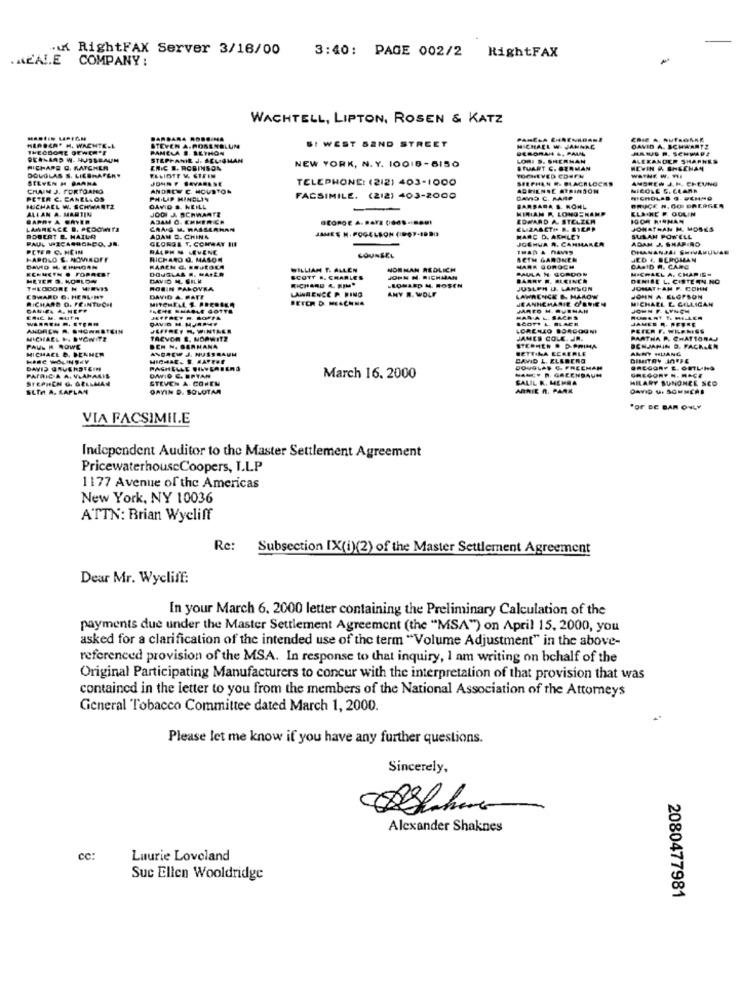
.K RightFAX Server 3/16/00
.ALALE
COMPANY :
3:40: PAGE 002/2 RightFAX
WACHTELL, LIPTON, ROSEN & KATZ
MARTIN UPIGN
BARBARA RODO MA
PANELA ENSENADAME
HERECAT H. WACHTE.L
THEODORE O
PAMELA B. ILTHON
STEVEN A. ROSENBLUM
SI WEST SAND STREET
MICHAEL W VANGRE
DEBORAH &. PAUL
DAVID A. SCHWARTZ
BERNARD W. NUSSBAUM
STEPHANIE J. SELIGMAN
LORI S. SHERMAN
ALEXANDER SHAPHER
FICHAPE Q. RATCHLA
DOUGLAS S. LIESHAFERY
ERIC #. ROBINSON
NEW YORK, N. Y. 10018 -5150
STUART S. BERMAN
KEVIN & SHECHAN
STEVEN H BARNA
JONG F BAVARESE
TELEPHONE: (212) 403-1000
SEE PHEN DE PLACALOCKS
WATNE W. THE
ANDREW J.H. CHEUNG
CHAIM J. PORTOANO
ANDREW C. HOUSTON
ADRIENSE ATRIMSON
NICOLE &. CLARA
PETER C. CANELLOS
PHILIP MINELIN
FACSIMILE. (212) 403-2000
DAVID C. PARE
BRUCE N. GO DREAGER
NICHOLAS O-VEMNO
MICHAEL W. SCHWARTZ
ALLAN A. MARTIN
DAVID S. NEILL
JODI A SCHWARTE
BARBARA &. RONL
HIMIAN P. LONGSKAMP
ELAINE F. OOLIN
SAPATA OAYER
ADAM G. EMMERICH
GEORGE A. BAYE 0068-BAĞI
EDWARD A STELZER
ENCE B. PCDOMITA
CRAIG M. RASSERHAN
JAMES M. POGELSON (1997-1DBI
JONATHAN H. MOSES
ROBERT E. MAILR
PAUL VIICAGRONDO, JR.
GLORIA T. CONWAY HIS
ADAM D. CHING
MARC D. ARMLEY
JOSHUA A. CANMAKEA
ADAM J. SHAPIRO
SUSAN POWELL
PETER C. HEIN
RALPH M LEVENE
COUNSEL
DHAMANJAI SHIVAEUUSE
HARDLO &. NOMIEOFF
RICHARD Q. MASON
BETH GARDNER
JED 4 BERGMAN
DAVID IL. EINHORN
KONNEEN . FORREST
DOUGLAS H. MAIER
WILLIAM T. ALLEN
NOR HAN REDLICH
PAULA M. GORDON
HARR GOROCH
MICHAEL A. CHAPIS
CASID A. CARC
HETER S. KOPLON
SCOTT .. CHARLES
RICHARD 4. RIM"
JOHN H. RICHMAN
BARRY R. ELEINER
DENISE L. CISTERN NO
THEODORE N WIEVIS
ROBIN PALOVRA
LAWNAENCE P. WING
ANY R. WOLF
LEONARD M. ROSEN
JUSLPH U. LAWSON
JONATHAN F. CONN
RICHARD O. FEINTUCH!
COWARD G. HERLIHY
DAVID & BATE
BETER D. MESCHNA
JEANNEMARIE O'BRIEN
LAWRENCE &. MAROW
MICHAEL E. GILLIGAN
JOHN A. ELGPSON
CANIEL A. HEPP
HEHE HHAOLE JOTTE
JARED H. QUE
JOHN F. LYNCH
MANAL. SACHS
SCOTT L. BLACK
JAMES R. PEFRE
ANDREW R. SHOWNSTEIN
JEFFREY M, WINTALE
LORENZO BORGOGNI
PLIER F. WHENISS
MICHAEL .. BYONITE
TACVOR E, NORWITZ
JAMES COLE. JR.
PARTHA P. CHATTORAJ
PAUL H NOWE
MICHAEL &. DENNER
DEN N. BARNANA
ANDREW J. NUSSBAUM
STECHER . D.PRIMA
BETTINA ECRERLE
ANNY HUANG
BENJAMIN D. FACKAER
DAVID L. ELEBERG
PASHELLE FILVCABERO
DOUGLAS C. FREEMAN
NANC. R. GREENBAUM
GREGORY E. ORTL-HO
GREGORY N. HACE
PATRIC & A. VLAHAMIS
STEPHEN G. GELLMAN
STEVEN A. CONEL
DAWID C. BRYAN
March 16. 2000
SALIL K. MEMEA
HILARY SUNONCE SCO
SLTA A. LAPLAN
DAYIN D. SOLOTAM
ABRIL A. PARK
FOF DE BAR ONLY
VIA FACSIMILE
Independent Auditor to the Master Settlement Agreement
PricewaterhouseCoopers, I.L.P
1177 Avenue of the Americas
New York, NY 10036
ATTN: Brian Wycliff
Re:
Subsection IX(i)(2) of the Master Settlement Agreement
Dear Mr. Wycliff:
In your March 6. 2000 letter containing the Preliminary Calculation of the
payments due under the Master Settlement Agreement (the "MSA") on April 15, 2000, you
asked for a clarification of the intended use of the term "Volume Adjustment" in the above-
referenced provision of the MSA. In response to that inquiry, I am writing on behalf of the
Original Participating Manufacturers to concur with the interpretation of that provision that was
contained in the letter to you from the members of the National Association of the Attomeys
General Tobacco Committee dated March 1, 2000.
Please let me know if you have any further questions.
Sincerely.
Alexander Shaknes
cc:
Laurie Loveland
Suc Ellen Wooldridge
2080477981